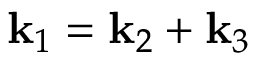
\mathbf { k } _ { 1 } = \mathbf { k } _ { 2 } + \mathbf { k } _ { 3 }